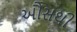
ઔસથી